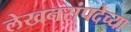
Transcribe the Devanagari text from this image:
लेखनसंपदेच्या